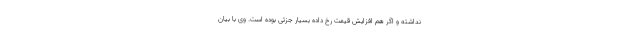
نداشته و اگر هم افزایش قیمت رخ داده بسیار جزئی بوده است. وی با بیان